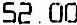
52.00